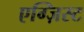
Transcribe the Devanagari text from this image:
एग्ज़िस्ट